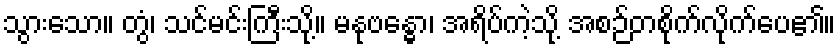
သွားသော။ တွံ၊ သင်မင်းကြီးသို့။ မနုဗန္ဓော၊ အရိပ်ကဲ့သို့ အစဉ်တစိုက်လိုက်ပေ၏။